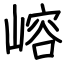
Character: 嵱